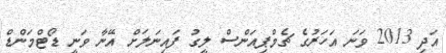
އަދި 2013 ވަނަ އަހަރުގެ ޗެމްޕިއަންސް ލީގު ފައިނަލަށް އޭނާ ވަނީ ޑޯޓްމަންޑް